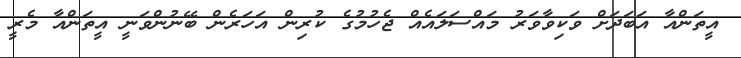
އީތަންއާ އަބަދަށް ވަކިވާވަރު މައްސަލައެއް ޖެހުމުގެ ކުރިން އަހަރެން ބޭނުންވަނީ އީތަންއާ މެރީ